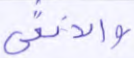
والأنثى